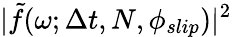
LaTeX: |\tilde{f}(\omega;\Delta t,N,\phi_{slip})|^{2}